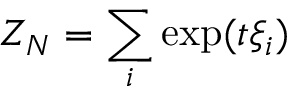
Z _ { N } = \sum _ { i } \exp ( t \xi _ { i } )